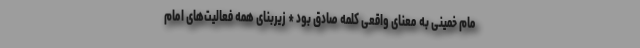
مام خمینی به معنای واقعی کلمه صادق بود * زیربنای همه فعالیت‌های امام